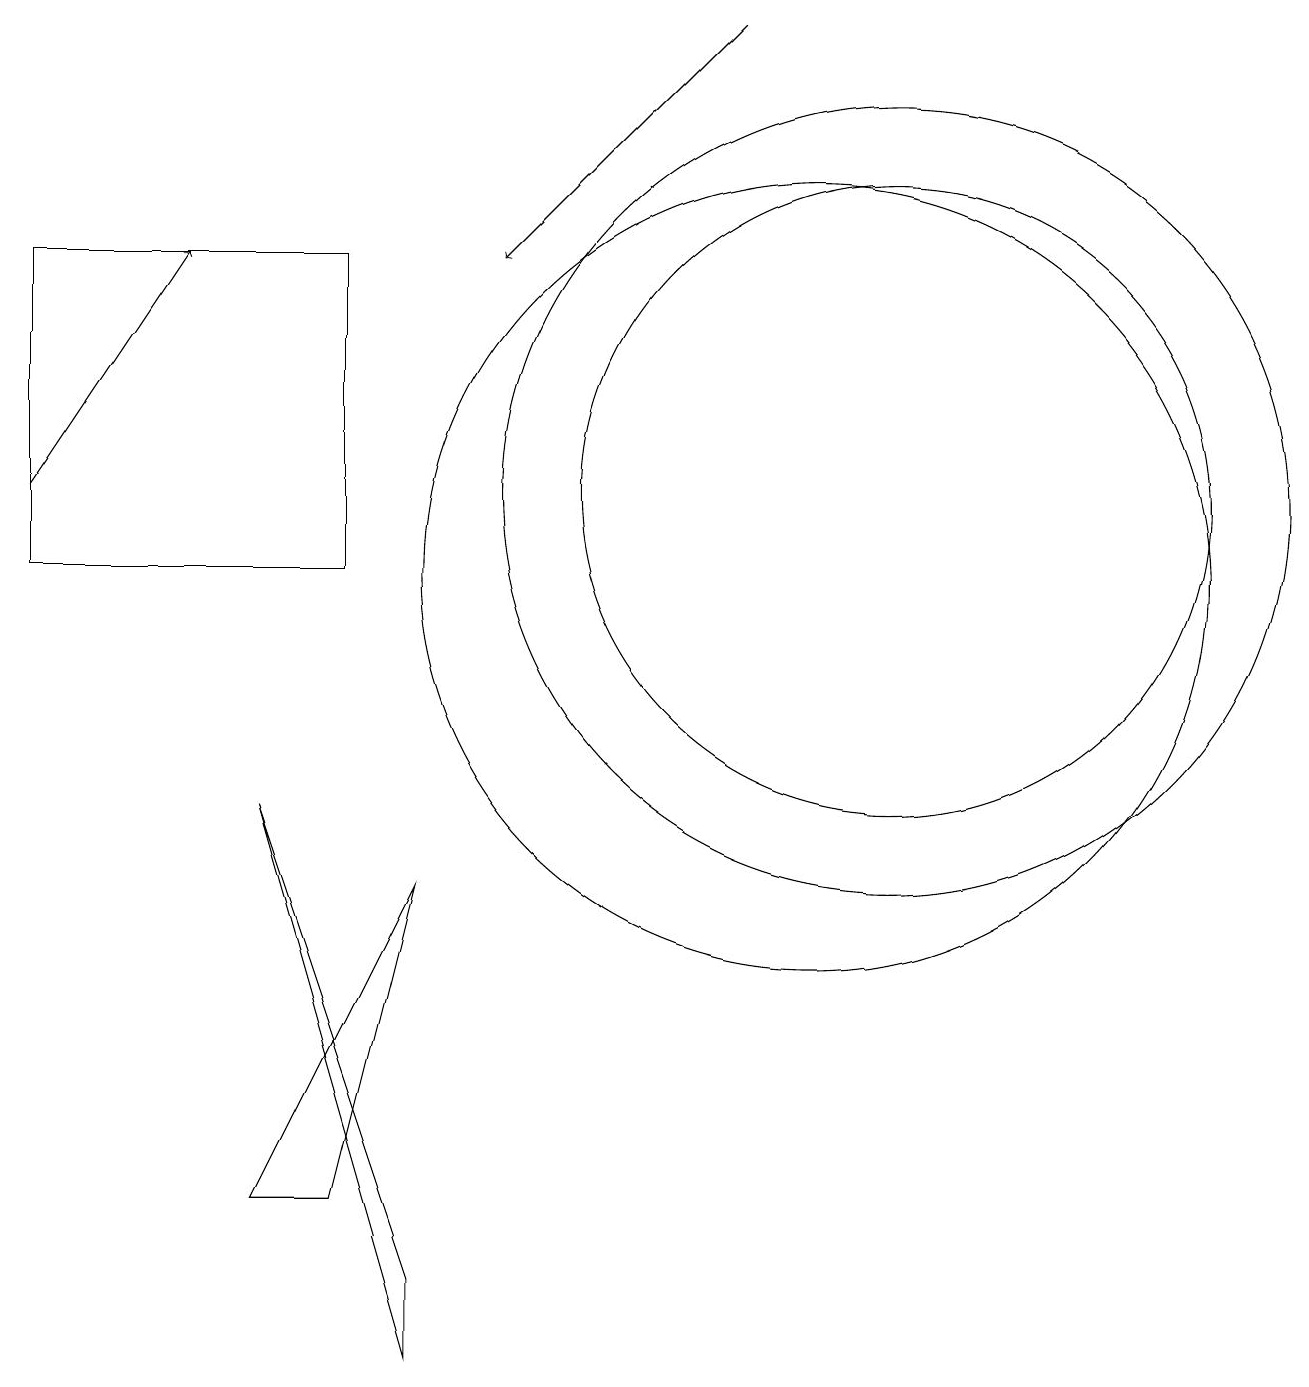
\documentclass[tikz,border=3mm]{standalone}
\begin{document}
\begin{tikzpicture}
\draw (5,6) -- (4,2) -- (3,2) -- cycle;
\draw[->] (9,17) -- (6,14);
\draw (3,7) -- (5,1) -- (5,0) -- cycle;
\draw (4,14) rectangle (0,10);
\draw (10,10) circle (5);
\draw[->] (0,11) -- (2,14);
\draw (11,11) circle (5);
\draw (11,11) circle (4);
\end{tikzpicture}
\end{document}